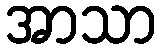
အာသာ